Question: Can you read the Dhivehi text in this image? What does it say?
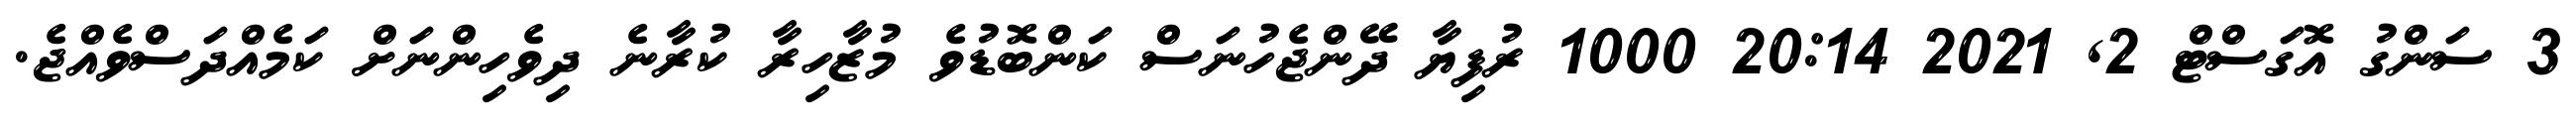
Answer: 3 ސަންގު އޮގަސްޓް 2, 2021 20:14 1000 ރުފިޔާ ދޭންޖެހުނަސް ކަންބޮޑުވެ މުޒާހިރާ ކުރާނެ ދިވެހިންނަށް ކަމެއްދަސްވެއްޖެ.